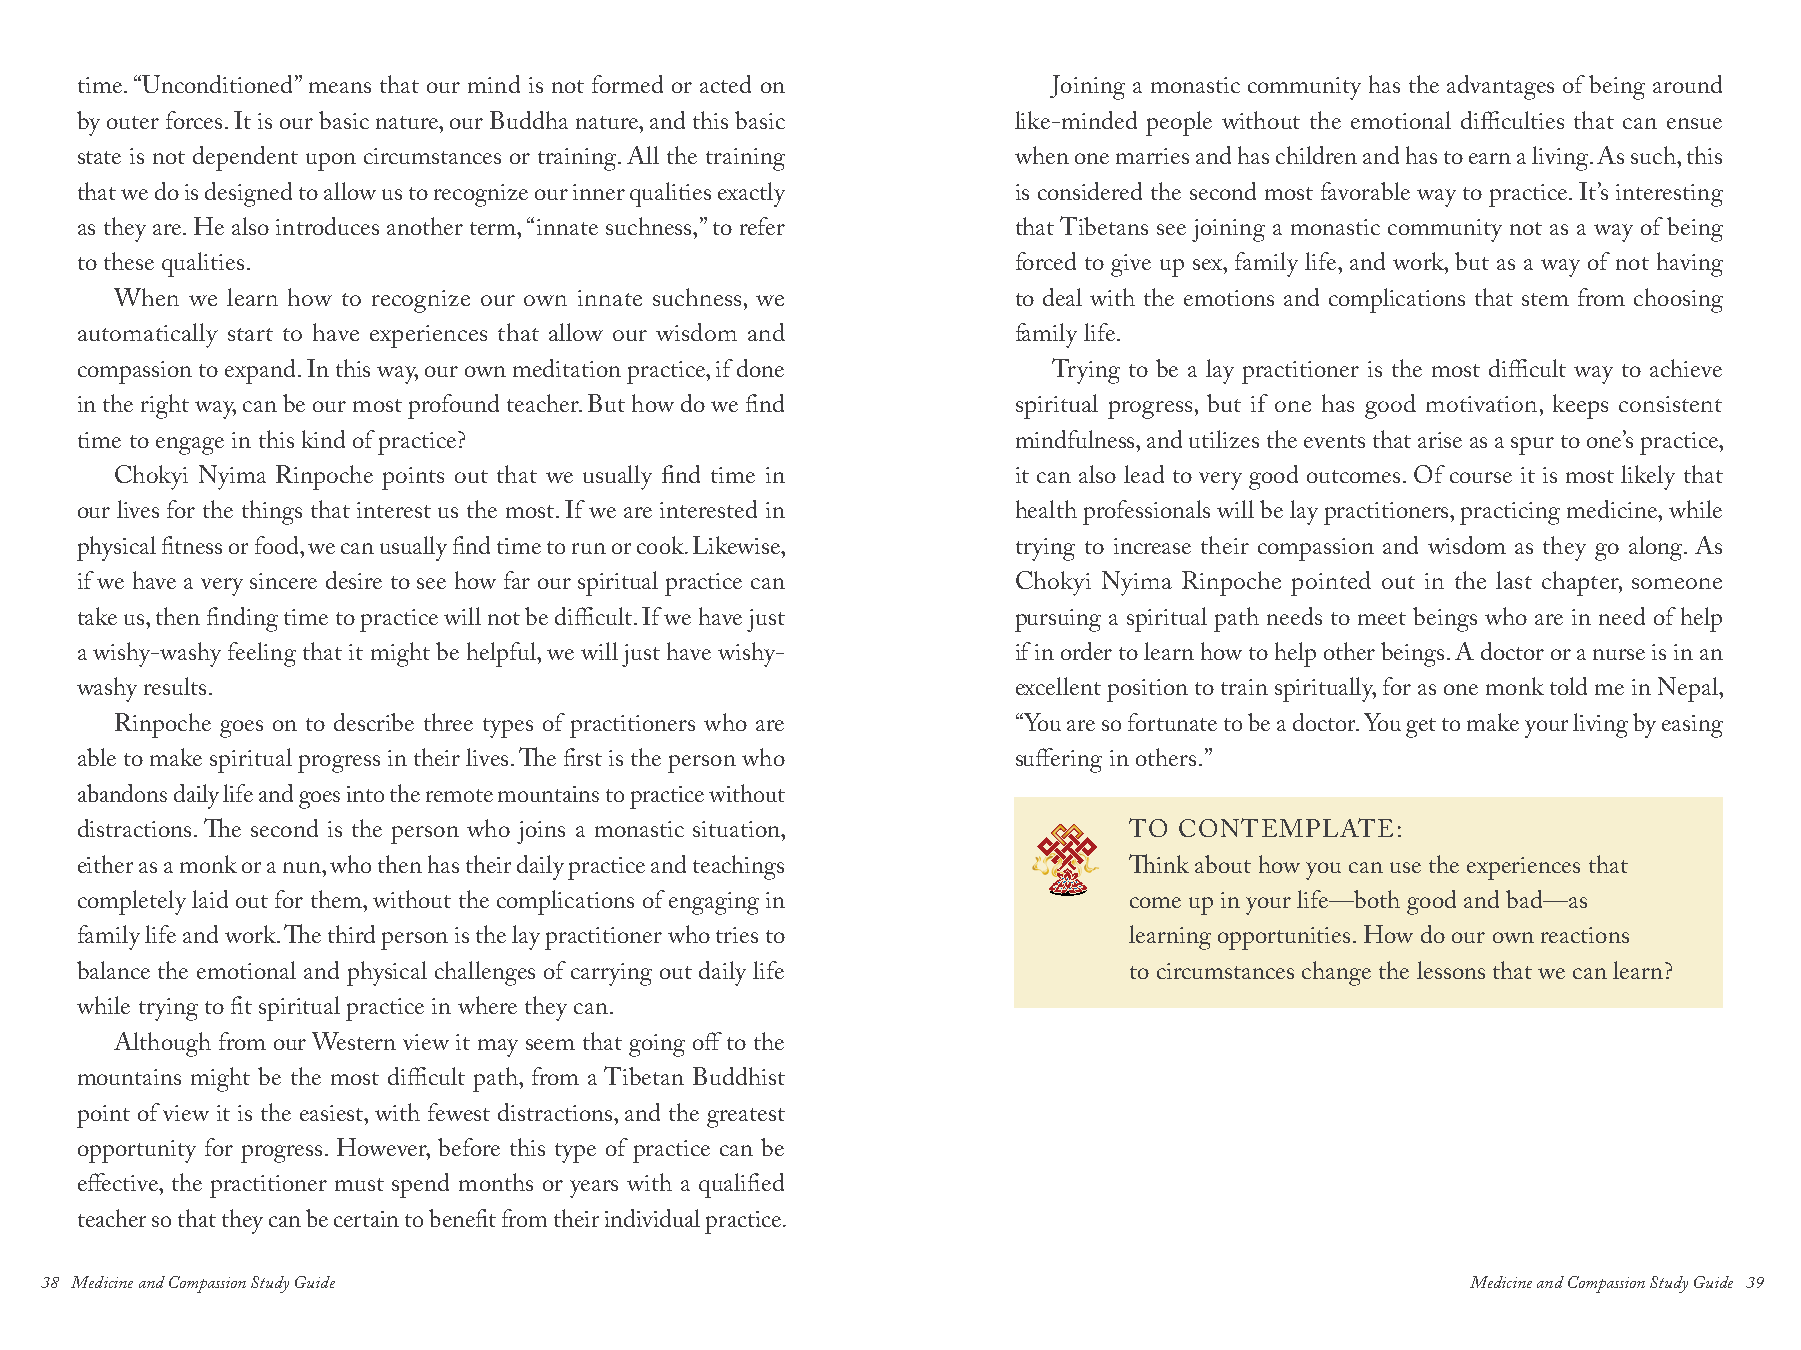
time. “Unconditioned” means that our mind is not formed or acted on Joining a monastic community has the advantages of being around
 by outer forces. It is our basic nature, our Buddha nature, and this basic like-minded people without the emotional difficulties that can ensue
 state is not dependent upon circumstances or training. All the training when one marries and has children and has to earn a living. As such, this
 that we do is designed to allow us to recognize our inner qualities exactly is considered the second most favorable way to practice. It’s interesting
 as they are. He also introduces another term, “innate suchness,” to refer that Tibetans see joining a monastic community not as a way of being
 to these qualities.                                           forced to give up sex, family life, and work, but as a way of not having
 When we learn how to recognize our own innate suchness, we to deal with the emotions and complications that stem from choosing
 automatically start to have experiences that allow our wisdom and family life.
 compassion to expand. In this way, our own meditation practice, if done Trying to be a lay practitioner is the most difficult way to achieve
 in the right way, can be our most profound teacher. But how do we find spiritual progress, but if one has good motivation, keeps consistent
 time to engage in this kind of practice?                      mindfulness, and utilizes the events that arise as a spur to one’s practice,
 Chokyi Nyima Rinpoche points out that we usually find time in it can also lead to very good outcomes. Of course it is most likely that
 our lives for the things that interest us the most. If we are interested in health professionals will be lay practitioners, practicing medicine, while
 physical fitness or food, we can usually find time to run or cook. Likewise, trying to increase their compassion and wisdom as they go along. As
 if we have a very sincere desire to see how far our spiritual practice can Chokyi Nyima Rinpoche pointed out in the last chapter, someone
 take us, then finding time to practice will not be difficult. If we have just pursuing a spiritual path needs to meet beings who are in need of help
 a wishy-washy feeling that it might be helpful, we will just have wishy- if in order to learn how to help other beings. A doctor or a nurse is in an
 washy results.                                                excellent position to train spiritually, for as one monk told me in Nepal,
 Rinpoche goes on to describe three types of practitioners who are “You are so fortunate to be a doctor. You get to make your living by easing
 able to make spiritual progress in their lives. The first is the person who suffering in others.”
 abandons daily life and goes into the remote mountains to practice without
 distractions. The second is the person who joins a monastic situation, TO CONTEMPLATE:
 either as a monk or a nun, who then has their daily practice and teachings Think about how you can use the experiences that
 completely laid out for them, without the complications of engaging in come up in your life—both good and bad—as
 family life and work. The third person is the lay practitioner who tries to learning opportunities. How do our own reactions
 balance the emotional and physical challenges of carrying out daily life to circumstances change the lessons that we can learn?
 while trying to fit spiritual practice in where they can.
 Although from our Western view it may seem that going off to the
 mountains might be the most difficult path, from a Tibetan Buddhist
 point of view it is the easiest, with fewest distractions, and the greatest
 opportunity for progress. However, before this type of practice can be
 effective, the practitioner must spend months or years with a qualified
 teacher so that they can be certain to benefit from their individual practice.
 38 Medicine and Compassion Study Guide                                                        Medicine and Compassion Study Guide 39